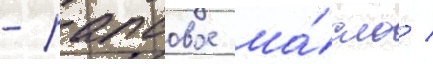
- рапсовое ма́сло /